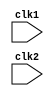
`timescale 1ns / 1ps
module MIPS_32(clk1,clk2);

input clk1,clk2; //2 phase clock
reg[31:0] PC, IF_ID_IR, IF_ID_NPC;
reg[31:0] ID_EX_IR, ID_EX_NPC, ID_EX_A, ID_EX_B, ID_EX_Imm;
reg[2:0] ID_EX_type, EX_MEM_type, MEM_WB_type;
reg[31:0] EX_MEM_IR, EX_MEM_ALUOut, EX_MEM_B;
reg EX_MEM_cond;
reg[31:0] MEM_WB_IR, MEM_WB_ALUOut, MEM_WB_LMD;

reg [31:0] Reg[0:31];    //32x32 register
reg [31:0] Mem[0:1023];   //Memory Size

parameter ADD=6'b000000, SUB=6'b000001, AND=6'b000010,
				OR=6'b000011, SLT=6'b000100, MUL=6'b000101,
				HLT=6'b111111, LW=6'b001000, SW=6'b001001,
				ADDI=6'b001010, SUBI=6'b001011, SLTI=6'b001100,
				BNEQZ=6'b001101, BEQZ=6'b001110;

parameter RR_ALU=3'b000, RM_ALU=3'b001, LOAD=3'b010,
	  STORE=3'b011, BRANCH=3'b100, HALT=3'b101;
				
reg HALTED;
//Set after instruction is completed (in WB stage)
reg TAKEN_BRANCH;
//Required to disable instructions after branch

//Instruction Fetch Stage

always @(posedge clk1)
	if (HALTED ==0)
	begin
		if(((EX_MEM_IR[31:26] == BEQZ) && (EX_MEM_cond == 1))||
                 ((EX_MEM_IR[31:26] == BNEQZ)&& (EX_MEM_cond == 0)))
			begin
				IF_ID_IR <= #2 Mem[EX_MEM_ALUOut];
				TAKEN_BRANCH <= #2 1'b1;
				IF_ID_NPC <= #2 EX_MEM_ALUOut + 1;
				PC <=   #2 EX_MEM_ALUOut + 1;
				end
			else
				begin
					IF_ID_IR <= #2  Mem[PC];
					IF_ID_NPC <= #2 PC + 1;
					PC <= #2 PC + 1;
					end
			end
			
// Instruction Decode 
always @(posedge clk2)
 if(HALTED == 0)
 begin 	
	if(IF_ID_IR[25:21] == 5'b00000)
		ID_EX_A <= 0;
	else
		ID_EX_A <= #2 Reg[IF_ID_IR[25:21]]; //"rs"
		
	if(IF_ID_IR[20:16] == 5'b00000)
		ID_EX_B <= 0;
	else
		ID_EX_B <= #2 Reg[IF_ID_IR[20:16]];  //"rt"
		
	ID_EX_NPC <= #2 IF_ID_NPC;
	ID_EX_IR <= #2 IF_ID_IR;
	ID_EX_Imm <= #2 {{16{IF_ID_IR[15]}} , {IF_ID_IR[15:0]}};
	
	
	case (IF_ID_IR[31:26])
		ADD,SUB,AND,OR,SLT,MUL : ID_EX_type <= #2 RR_ALU;
		ADDI, SUBI, SLTI: ID_EX_type <= #2 RM_ALU;
		LW: ID_EX_type <=#2 LOAD;
		SW: ID_EX_type <= #2 STORE;
		BNEQZ,BEQZ: ID_EX_type <= #2 BRANCH;
		HLT: ID_EX_type <= #2 HALT;
		default: ID_EX_type <= #2 HALT;
		
		endcase
	end
	
//Execution Stage

always @(posedge clk1)
	if(HALTED == 0)
	begin 
		EX_MEM_type <= ID_EX_type;
		EX_MEM_IR <= ID_EX_IR;
		TAKEN_BRANCH <= 0;
		
		case (ID_EX_type)
			RR_ALU: begin
				case (ID_EX_IR[31:26])
				ADD: EX_MEM_ALUOut <= #2 ID_EX_A + ID_EX_B;
				SUB: EX_MEM_ALUOut <= #2 ID_EX_A - ID_EX_B;
				AND: EX_MEM_ALUOut <= #2 ID_EX_A & ID_EX_B;
				OR:  EX_MEM_ALUOut <= #2 ID_EX_A | ID_EX_B;
				SLT: EX_MEM_ALUOut <= #2 ID_EX_A < ID_EX_B;
				MUL: EX_MEM_ALUOut <= #2 ID_EX_A * ID_EX_B;
			        default: EX_MEM_ALUOut <= #2 32'hxxxxxxxx;
				endcase
				end
		
			RM_ALU: begin
				case (ID_EX_IR[31:26])
				ADDI: EX_MEM_ALUOut <= #2 ID_EX_A + ID_EX_Imm;
				SUBI: EX_MEM_ALUOut <= #2 ID_EX_A - ID_EX_Imm;
				SLTI: EX_MEM_ALUOut <= #2 ID_EX_A < ID_EX_Imm;
				default: EX_MEM_ALUOut <= #2 32'hxxxxxxxx;
				endcase
				end
			
			LOAD, STORE:
				begin
				EX_MEM_ALUOut <= #2 ID_EX_A + ID_EX_Imm;
				EX_MEM_B <= #2 ID_EX_B;
				end
			
			BRANCH: begin
				EX_MEM_ALUOut <= #2 ID_EX_NPC + ID_EX_Imm;
				EX_MEM_cond <= #2 (ID_EX_A == 0);
						
				end
				endcase
				end


//MEMORY STAGE

always @(posedge clk2)
	if(HALTED == 0)
	begin
		MEM_WB_type <=#2 EX_MEM_type;
		MEM_WB_IR <= #2 EX_MEM_IR;
		
		case(EX_MEM_type)
			RR_ALU, RM_ALU:
			MEM_WB_ALUOut <= #2 EX_MEM_ALUOut;
						
			LOAD:   
			 MEM_WB_LMD  <= #2  Mem[EX_MEM_ALUOut];
			
			STORE:   if(TAKEN_BRANCH == 0)
			Mem[EX_MEM_ALUOut] <= #2 EX_MEM_B;
		endcase
	end
	
//WRITE BACK
	
always @(posedge clk1)

	begin
		if(TAKEN_BRANCH == 0)
		
		case (MEM_WB_type)
			
		RR_ALU : Reg[MEM_WB_IR[15:11]] <= #2 MEM_WB_ALUOut;
			
		RM_ALU : Reg[MEM_WB_IR[20:16]] <= #2 MEM_WB_ALUOut;
			
		LOAD : Reg[MEM_WB_IR[20:16]] <= #2 MEM_WB_LMD;
			
		HALT : HALTED <= #2 1'b1;
			
		endcase
	end
endmodule
//End Of Code...